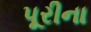
પૂરીના